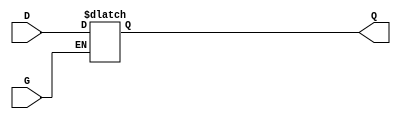
module level_sensitive_gated_latch (
    input wire D,    // Data Input
    input wire G,    // Gate Control
    output reg Q     // Data Output
);

// Always block to implement the latch behavior
always @(*) begin
    if (G) begin
        // When G is active, Q follows D
        Q = D;
    end
    // When G is inactive, Q retains its previous value
end

endmodule